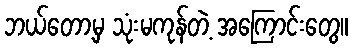
ဘယ်တော့မှ သုံးမကုန်တဲ့ အကြောင်းတွေ။